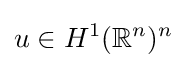
u\in H^{1}(\mathbb {R} ^{n})^{n}